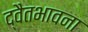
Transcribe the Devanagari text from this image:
द्वैतभावना